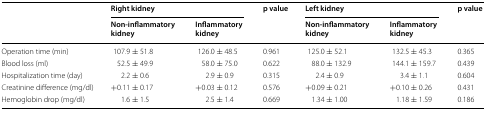
<table><thead><tr><td rowspan="2"></td><td colspan="2"><b>Right kidney</b></td><td rowspan="2"><b>p value</b></td><td colspan="2"><b>Left kidney</b></td><td rowspan="2"><b>p value</b></td></tr><tr><td><b>Non-inflammatory kidney</b></td><td><b>Inflammatory kidney</b></td><td><b>Non-inflammatory kidney</b></td><td><b>Inflammatory kidney</b></td></tr></thead><tbody><tr><td>Operation time (min)</td><td>107.9 ± 51.8</td><td>126.0 ± 48.5</td><td>0.961</td><td>125.0 ± 52.1</td><td>132.5 ± 45.3</td><td>0.365</td></tr><tr><td>Blood loss (ml)</td><td>52.5 ± 49.9</td><td>58.0 ± 75.0</td><td>0.622</td><td>88.0 ± 132.9</td><td>144.1 ± 159.7</td><td>0.439</td></tr><tr><td>Hospitalization time (day)</td><td>2.2 ± 0.6</td><td>2.9 ± 0.9</td><td>0.315</td><td>2.4 ± 0.9</td><td>3.4 ± 1.1</td><td>0.604</td></tr><tr><td>Creatinine difference (mg/dl)</td><td>+0.11 ± 0.17</td><td>+0.03 ± 0.12</td><td>0.576</td><td>+0.09 ± 0.21</td><td>+0.10 ± 0.26</td><td>0.431</td></tr><tr><td>Hemoglobin drop (mg/dl)</td><td>1.6 ± 1.5</td><td>2.5 ± 1.4</td><td>0.669</td><td>1.34 ± 1.00</td><td>1.18 ± 1.59</td><td>0.186</td></tr></tbody></table>